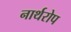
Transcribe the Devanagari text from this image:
नार्थरोप